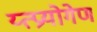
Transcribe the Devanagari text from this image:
य्त्प्रयोगेण